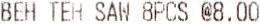
BEH TEH SAW 8PCS @8.00